Report on vaccination proceedings throughout the Government of Bengal -
Year: 1868
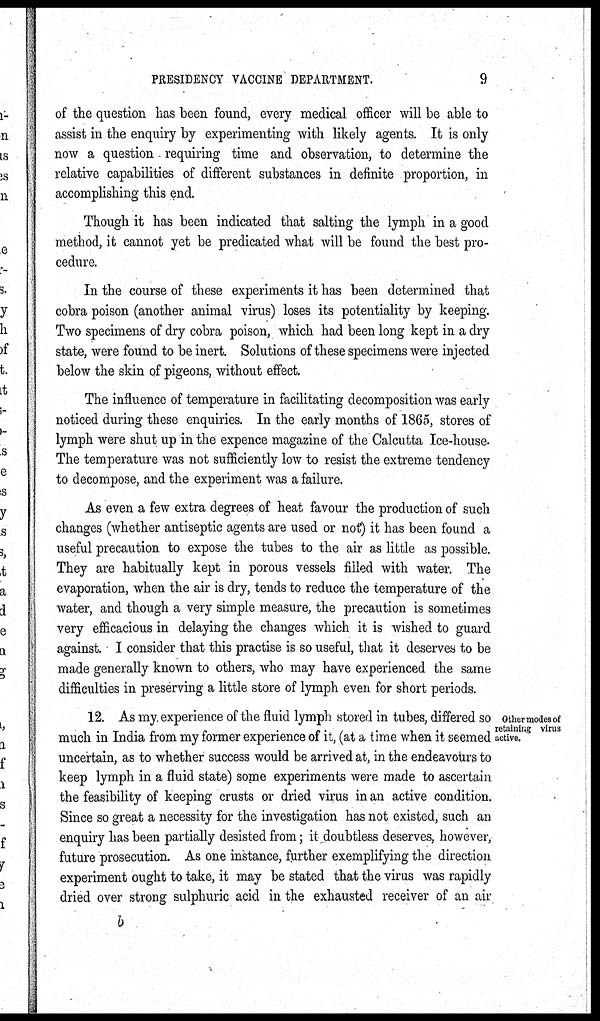
PRESIDENCY VACCINE DEPARTMENT.
9
of the question has been found, every medical officer will be able to
assist in the enquiry by experimenting with likely agents. It is only
now a question requiring time and observation, to determine the
relative capabilities of different substances in definite proportion, in
accomplishing this end.
Though it has been indicated that salting the lymph in a good
method, it cannot yet be predicated what will be found the best pro-
cedure.
In the course of these experiments it has been determined that
cobra poison (another animal virus) loses its potentiality by keeping.
Two specimens of dry cobra poison, which had been long kept in a dry
state, were found to be inert. Solutions of these specimens were injected
below the skin of pigeons, without effect.
The influence of temperature in facilitating decomposition was early
noticed during these enquiries. In the early months of 1865, stores of
lymph were shut up in the expence magazine of the Calcutta Ice-house.
The temperature was not sufficiently low to resist the extreme tendency
to decompose, and the experiment was a failure.
As even a few extra degrees of heat favour the production of such
changes (whether antiseptic agents are used or not) it has been found a
useful precaution to expose the tubes to the air as little as possible.
They are habitually kept in porous vessels filled with water. The
evaporation, when the air is dry, tends to reduce the temperature of the
water, and though a very simple measure, the precaution is sometimes
very efficacious in delaying the changes which it is wished to guard
against. I consider that this practise is so useful, that it deserves to be
made generally known to others, who may have experienced the same
difficulties in preserving a little store of lymph even for short periods.
Other modes of
retaining virus
active.
12. As my experience of the fluid lymph stored in tubes, differed so
much in India from my former experience of it, (at a time when it seemed
uncertain, as to whether success would be arrived at, in the endeavours to
keep lymph in a fluid state) some experiments were made to ascertain
the feasibility of keeping crusts or dried virus in an active condition.
Since so great a necessity for the investigation has not existed, such an
enquiry has been partially desisted from; it doubtless deserves, however,
future prosecution. As one instance, further exemplifying the direction
experiment ought to take, it may be stated that the virus was rapidly
dried over strong sulphuric acid in the exhausted receiver of an air
b